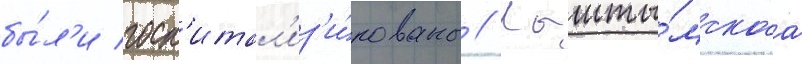
бы́л'и госп'итал'из'и́рованы // Кышты́мскаа